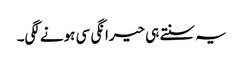
یہ سنتے ہی حیرانگی سی ہونے لگی۔